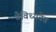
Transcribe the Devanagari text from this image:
वैविध्यतेत